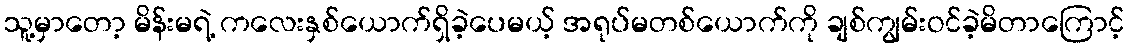
သူ့မှာတော့ မိန်းမရဲ့ ကလေးနှစ်ယောက်ရှိခဲ့ပေမယ့် အရုပ်မတစ်ယောက်ကို ချစ်ကျွမ်းဝင်ခဲ့မိတာကြောင့်